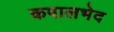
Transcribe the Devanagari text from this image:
कपालभेद